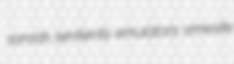
sarods sentients emulators amesite